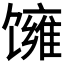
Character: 𬳓